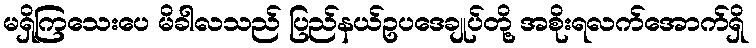
မရှိကြသေးပေ မိခါလသည် ပြည်နယ်ဥပဒေချုပ်တို့ အစိုးရလက်အောက်ရှိ